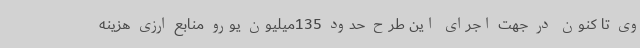
وی تا کنون در جهت اجرای این طرح حدود 135میلیون یورو منابع ارزی هزینه